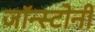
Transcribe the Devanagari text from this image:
जॉन्स्टोनी